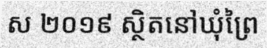
ស ២០១៩ ស្ថិតនៅឃុំព្រៃ